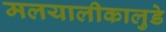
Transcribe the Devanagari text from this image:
मलयालीकालुडे